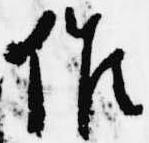
候